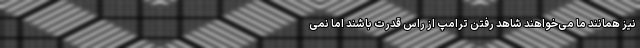
نیز همانند ما می‌خواهند شاهد رفتن ترامپ از راس قدرت باشند اما نمی